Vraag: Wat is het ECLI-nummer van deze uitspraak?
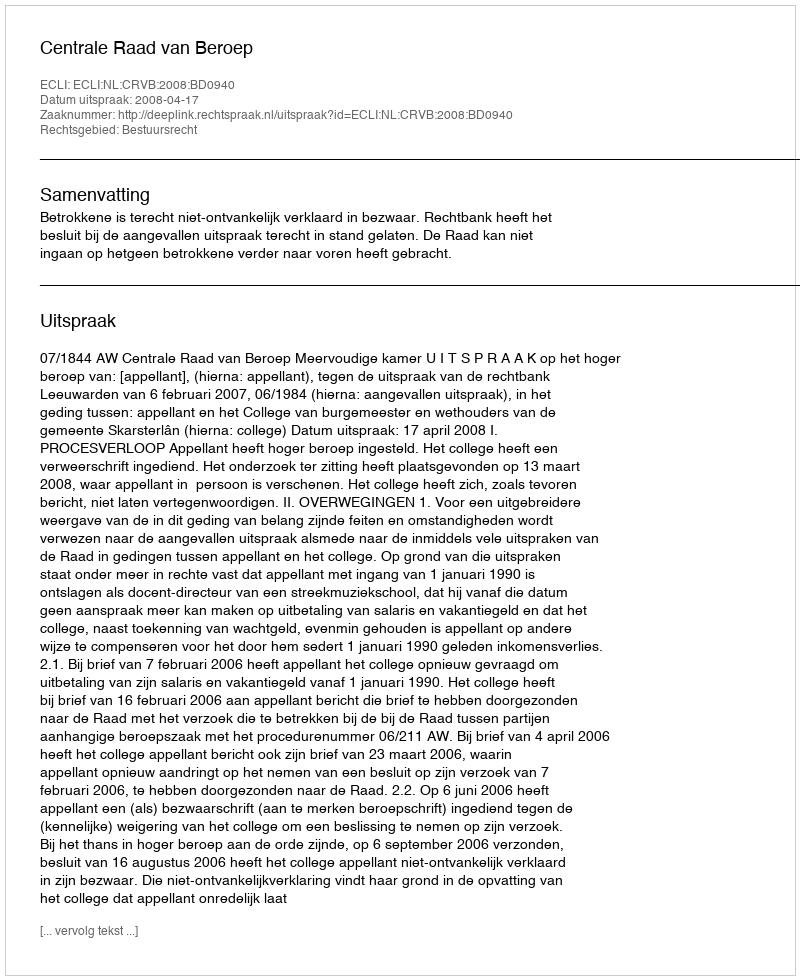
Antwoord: ECLI:NL:CRVB:2008:BD0940